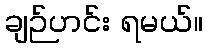
ချဉ်ဟင်း ရမယ်။